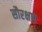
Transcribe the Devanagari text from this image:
सौरक्षण